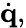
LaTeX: {\dot{\mathbf{q}}},